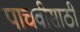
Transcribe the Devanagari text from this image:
पाचवीसाठी